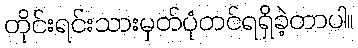
တိုင်းရင်းသားမှတ်ပုံတင်ရရှိခဲ့တာပါ။